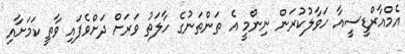
އެމްއާރްޑީސީއާ ހަވާލުކުރަން ނިންމީ އެ ތަންތަނުގެ ހާލަތު ވަރަށް ދަށްވެފައި ވާތީ ކަމަށާއި